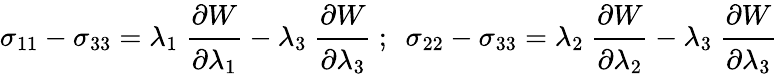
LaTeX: \sigma_{11}-\sigma_{33}=\lambda_{1}~{\cfrac{\partial W}{\partial\lambda_{1}}}-\lambda_{3}~{\cfrac{\partial W}{\partial\lambda_{3}}}~;~~\sigma_{22}-\sigma_{33}=\lambda_{2}~{\cfrac{\partial W}{\partial\lambda_{2}}}-\lambda_{3}~{\cfrac{\partial W}{\partial\lambda_{3}}}